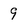
Character: 9